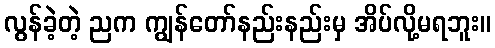
လွန်ခဲ့တဲ့ ညက ကျွန်တော်နည်းနည်းမှ အိပ်လို့မရဘူး။